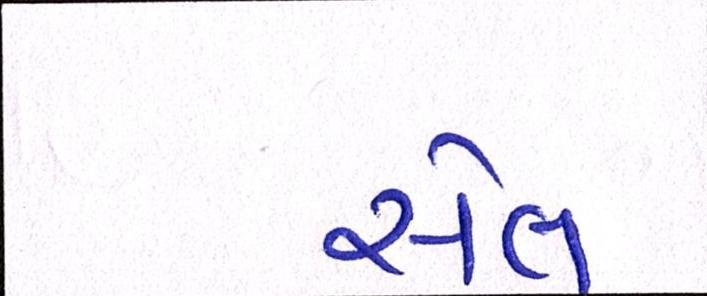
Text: સેલ